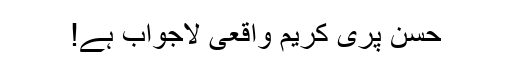
حسن پری کریم واقعی لاجواب ہے!